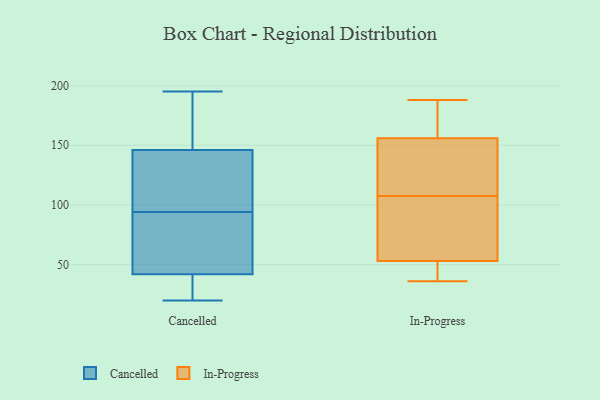
{"axis": {"x": "Tickets Resolved", "y": "Value"}, "legend": ["Cancelled", "In-Progress"], "data": [{"x": "", "y": 176, "type": "Cancelled"}, {"x": "", "y": 65, "type": "Cancelled"}, {"x": "", "y": 48, "type": "Cancelled"}, {"x": "", "y": 98, "type": "Cancelled"}, {"x": "", "y": 20, "type": "Cancelled"}, {"x": "", "y": 127, "type": "Cancelled"}, {"x": "", "y": 180, "type": "Cancelled"}, {"x": "", "y": 90, "type": "Cancelled"}, {"x": "", "y": 37, "type": "Cancelled"}, {"x": "", "y": 195, "type": "Cancelled"}, {"x": "", "y": 142, "type": "Cancelled"}, {"x": "", "y": 146, "type": "Cancelled"}, {"x": "", "y": 29, "type": "Cancelled"}, {"x": "", "y": 42, "type": "Cancelled"}, {"x": "", "y": 154, "type": "In-Progress"}, {"x": "", "y": 157, "type": "In-Progress"}, {"x": "", "y": 188, "type": "In-Progress"}, {"x": "", "y": 109, "type": "In-Progress"}, {"x": "", "y": 103, "type": "In-Progress"}, {"x": "", "y": 53, "type": "In-Progress"}, {"x": "", "y": 106, "type": "In-Progress"}, {"x": "", "y": 156, "type": "In-Progress"}, {"x": "", "y": 42, "type": "In-Progress"}, {"x": "", "y": 36, "type": "In-Progress"}]}